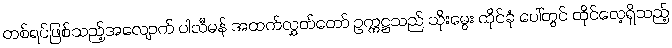
တစ်ရပ်ဖြစ်သည့်အလျောက် ပါလီမန် အထက်လွှတ်တော် ဥက္ကဋ္ဌသည် သိုးမွေး ထိုင်ခုံ ပေါ်တွင် ထိုင်လေ့ရှိသည့်